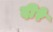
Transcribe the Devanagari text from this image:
दीरे